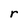
Character: r